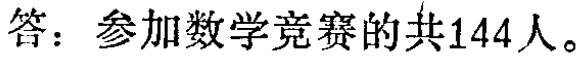
答：参加数学竞赛的共144人。